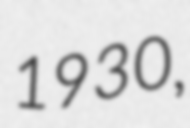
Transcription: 1930,